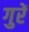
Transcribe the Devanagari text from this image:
गुरें